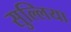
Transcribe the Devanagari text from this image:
सुल्लिया